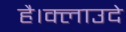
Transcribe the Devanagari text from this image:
है।क्लाउदे